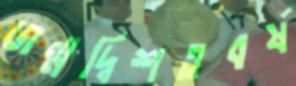
জন্মদ্বিশতবর্ষ